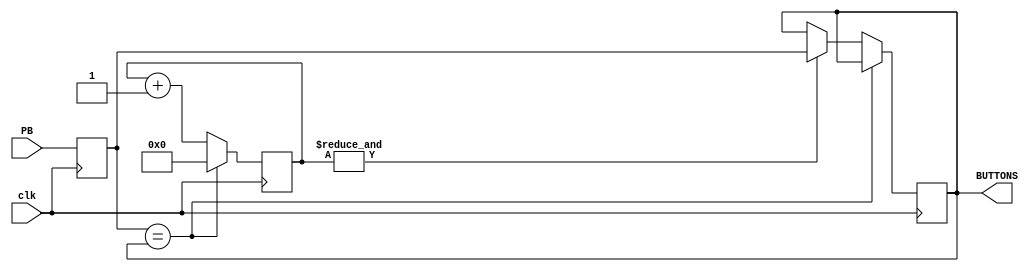
   //////////////////////////////////////////////////////////////////////////////////
//
// Modu eliminacji drga zestykw klawiatury
//
// (C) 2009 Zbigniew Hajduk
// http://zh.prz-rzeszow.pl
//
// Ten kod rdowy moe podlega wolnej redystrybucji i/lub modyfikacjom 
// na oglnych zasadach okrelonych licencj GNU General Public License.
//
// Autor wyraa nadziej, e kod wirtualnego komponentu bdzie uyteczny
// jednak nie udziela ADNEJ GWARANCJI dotyczcej jego sprawnoci
// oraz przydatnoci dla partykularnych zastosowa.
//
////////////////////////////////////////////////////////////////////////////////// 


module debouncer(input clk,
                input [3:0] PB,
                output reg [3:0] BUTTONS);

reg [3:0] pb_sync;
reg [16:0] cnt;

always @(posedge clk)
 pb_sync<=PB;
 
wire cnt_max=&cnt;

always @(posedge clk)
if(pb_sync==BUTTONS) cnt<=0;
else
begin
 cnt<=cnt+1;
 if(cnt_max) BUTTONS<=pb_sync;
end 

endmodule